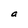
Character: a